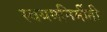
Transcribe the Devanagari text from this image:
स्वयमनिर्मीती